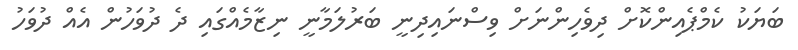
ބަޔަކު ކެމްޕެއިންކޮށް ދިވެހިންނަށް ވިސްނައިދިނީ ބަރުލަމާނީ ނިޒާމެއްގައި ދެ ދުވަހުން އެއް ދުވަހު